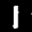
Label: 1